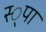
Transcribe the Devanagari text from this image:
स्‍्पा